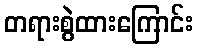
တရားစွဲထားကြောင်း